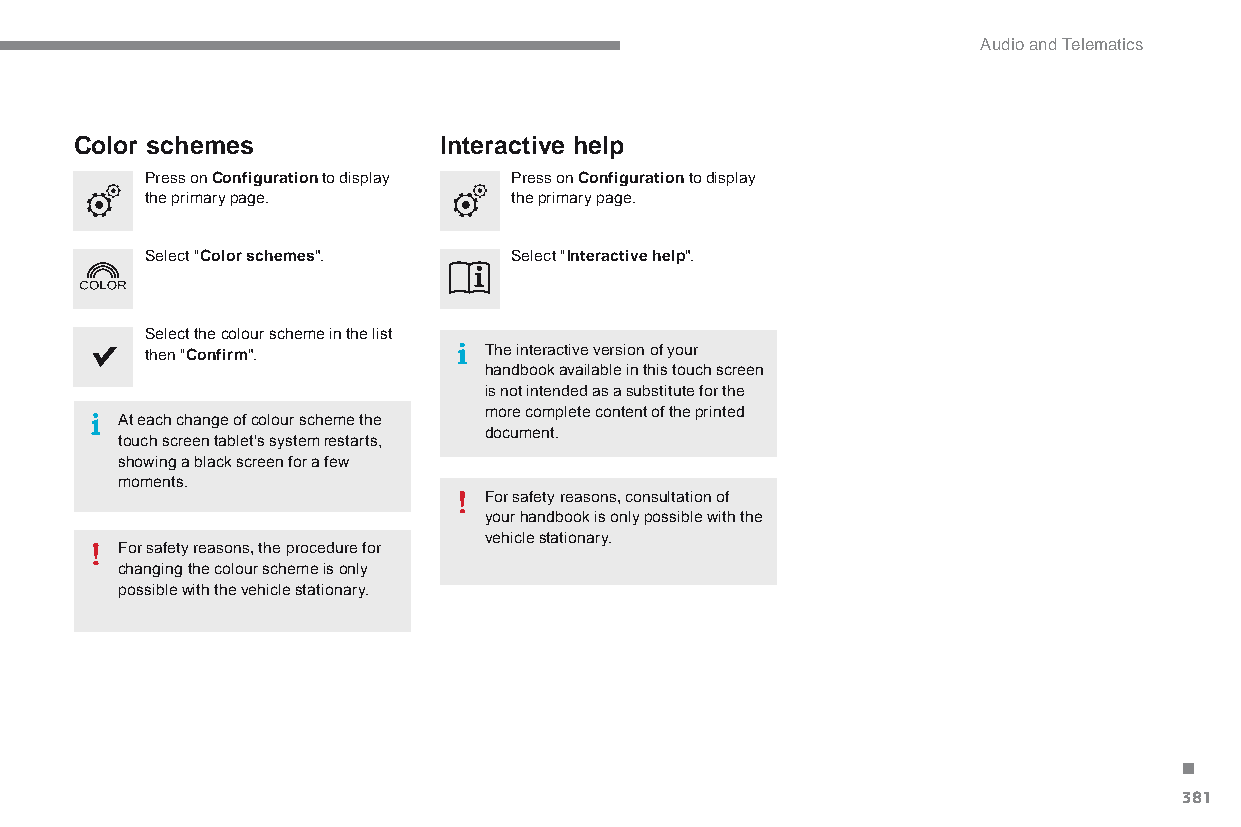
Audio and Telematics
 Color schemes           Interactive help
 Press on Configuration to display Press on Configuration to display
 the primary page.       the primary page.
 Select "Color schemes". Select "Interactive help".
 Select the colour scheme in the list
 then "Confirm".       The interactive version of your
 handbook available in this touch screen
 is not intended as a substitute for the
 more complete content of the printed
 At each change of colour scheme the
 document.
 touch screen tablet's system restarts,
 showing a black screen for a few
 moments.
 For safety reasons, consultation of
 your handbook is only possible with the
 vehicle stationary.
 For safety reasons, the procedure for
 changing the colour scheme is only
 possible with the vehicle stationary.
 .
 381
 C4-Picasso-II_en_Chap10b_SMEGplus_ed01-2015